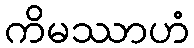
ကိမဿာဟံ